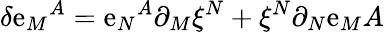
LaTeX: \delta\mathrm{e}_{M}{}^{A}=\mathrm{e}_{N}{}^{A}\partial_{M}\xi^{N}+\xi^{N}\partial_{N}\mathrm{e}_{M}{A}